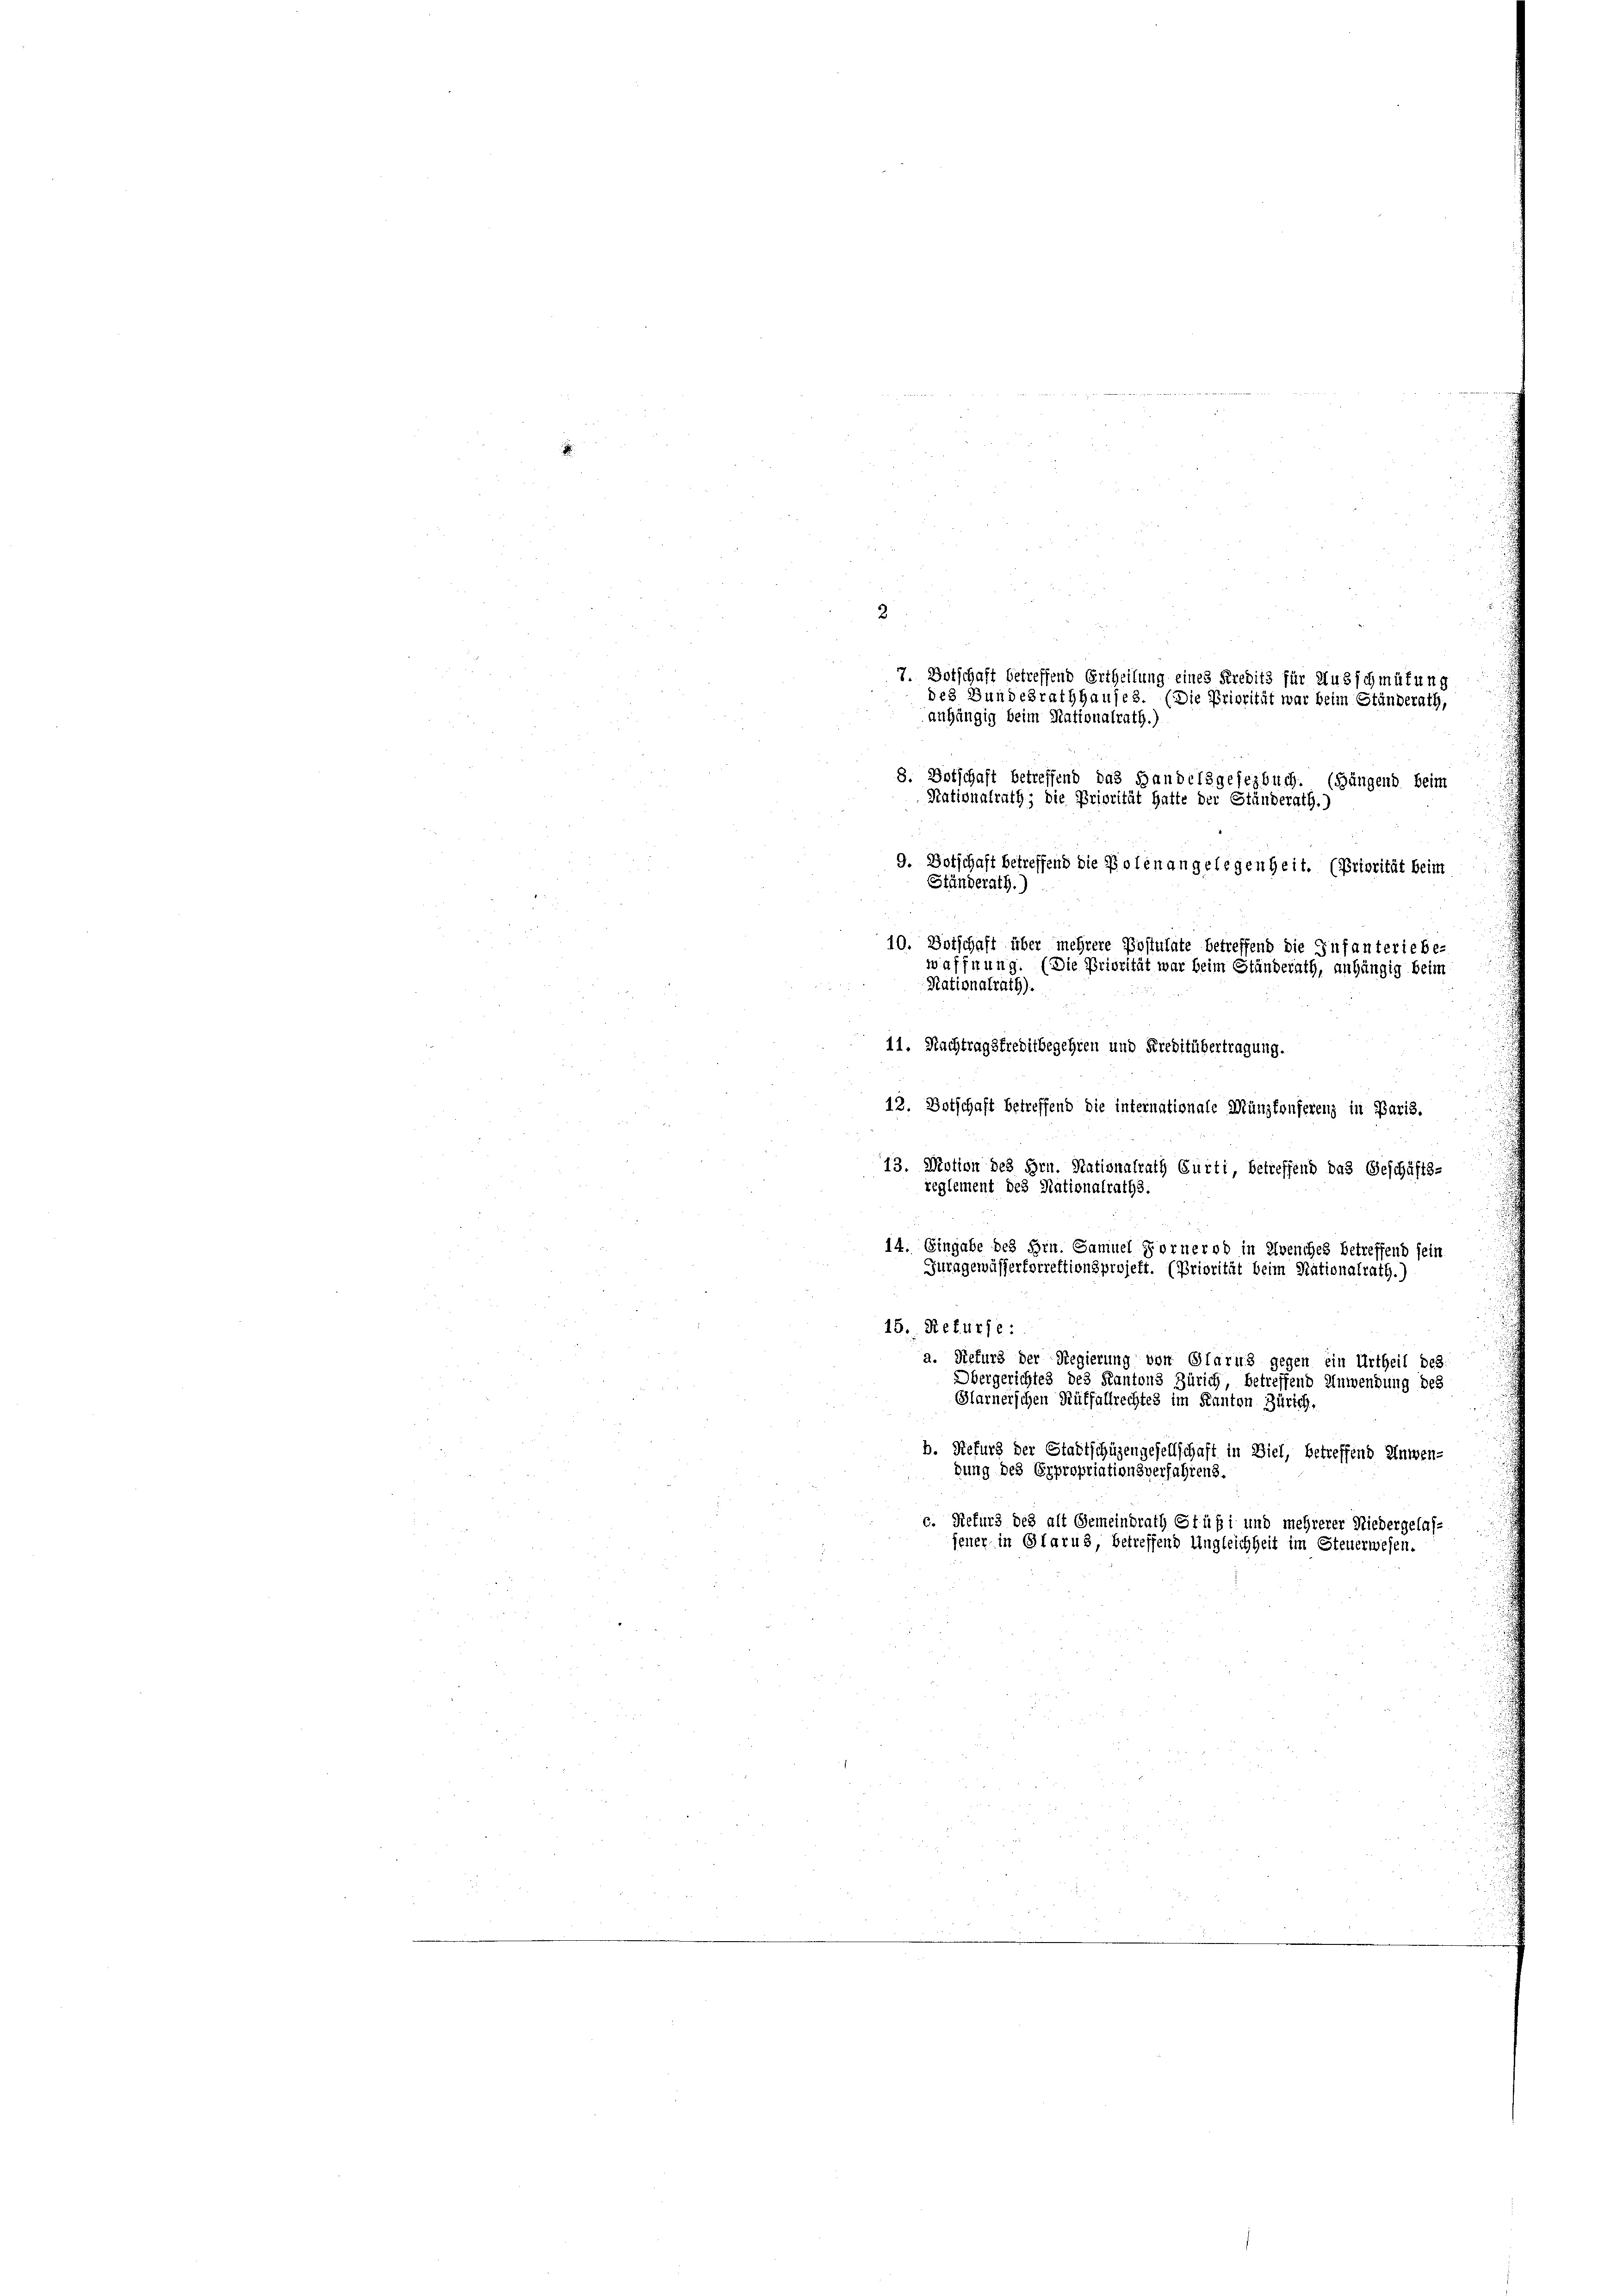
12. Botschaft betreffend die internationale Münzkonferenz in Paris.
13. Motion des Hrn. Nationalrath Gurti, betreffend das Geschäfts-
reglement des Nationalraths.
14. Eingabe des Hrn. Samuel Forner od in Avenches betreffend sein
Juragewässertorrektionsprojekt. (Priorität beim Nationalrath.)
15. Rekurse:
a. Siefurs der Regierung von Glarus gegen ein Urtheil des
Obergerichtes des Kantons Zürich, betreffend Anwendung des
Glarnerschen Ruffallrechtes im Kanton Zürich,
b. Refurg der Stadtschüzengesellschaft in Ziel, betreffend Anwen-
dung des Expropriationsverfahrens.
c. Refurs des alt Gemeindrath Stüßi und mehrerer Niedergelas-
jener in Glarus, betreffend Ungleichheit im Steuerwesen.

2
7. Botschaft betreffend Ertheilung eines Kredits für Ausschmütung
des Bundesrathhauses. (Die Priorität war beim Ständerath,
anhängig beim Nationalrath.)
8. Botschaft betreffend das Handelsgesezbuch. (Gängend beim
Nationalrath; die Priorität hatte der Ständerath.)
9. Botschaft betreffend die Polen angelegenheit. (Priorität beim
Ständ
at.
10. Botschaft über mehrere Postulate betreffend die Infanteriebe-

waffnung. (Die Priorität war beim Ständerath, anhängig beim
Rationalrath).
11. Nachtragsfreditbegehren und Kreditübertragung.